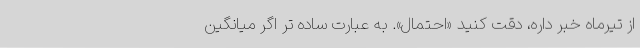
از تیرماه خبر داره، دقت کنید «احتمال». به عبارت ساده تر اگر میانگین